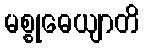
မစ္စုဓေယျာတိ